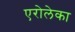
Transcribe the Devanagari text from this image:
एरोलेका